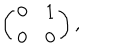
\left( \begin{array} { c c } { { 0 } } & { { 1 } } \\ { { 0 } } & { { 0 } } \\ \end{array} \right) ,